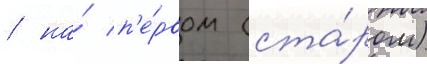
/ на́ п'е́рвом (ста́ром)